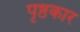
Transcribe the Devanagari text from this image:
पृष्ठकार